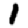
Digit: 1